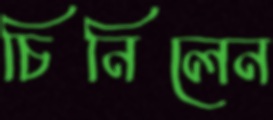
চিনিলেন